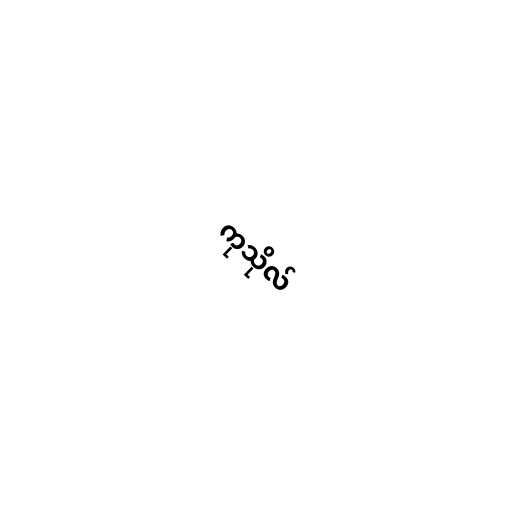
ကုသိုလ်